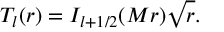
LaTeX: T _ { l } ( r ) = I _ { l + 1 / 2 } ( M r ) \sqrt { r } .